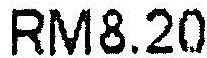
RM8.20